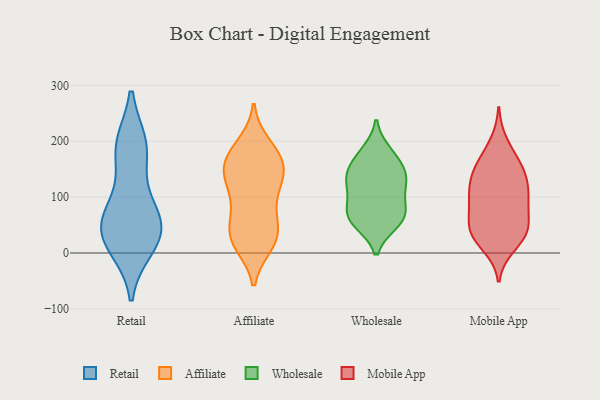
{"axis": {"x": "Market Share (%)", "y": "Value"}, "legend": ["Affiliate", "Mobile App", "Retail", "Wholesale"], "data": [{"x": "", "y": 12, "type": "Retail"}, {"x": "", "y": 192, "type": "Retail"}, {"x": "", "y": 37, "type": "Retail"}, {"x": "", "y": 184, "type": "Retail"}, {"x": "", "y": 55, "type": "Retail"}, {"x": "", "y": 93, "type": "Retail"}, {"x": "", "y": 62, "type": "Retail"}, {"x": "", "y": 191, "type": "Retail"}, {"x": "", "y": 22, "type": "Retail"}, {"x": "", "y": 42, "type": "Retail"}, {"x": "", "y": 102, "type": "Affiliate"}, {"x": "", "y": 69, "type": "Affiliate"}, {"x": "", "y": 153, "type": "Affiliate"}, {"x": "", "y": 194, "type": "Affiliate"}, {"x": "", "y": 172, "type": "Affiliate"}, {"x": "", "y": 33, "type": "Affiliate"}, {"x": "", "y": 178, "type": "Affiliate"}, {"x": "", "y": 121, "type": "Affiliate"}, {"x": "", "y": 185, "type": "Affiliate"}, {"x": "", "y": 15, "type": "Affiliate"}, {"x": "", "y": 59, "type": "Affiliate"}, {"x": "", "y": 152, "type": "Affiliate"}, {"x": "", "y": 28, "type": "Affiliate"}, {"x": "", "y": 15, "type": "Affiliate"}, {"x": "", "y": 147, "type": "Affiliate"}, {"x": "", "y": 46, "type": "Affiliate"}, {"x": "", "y": 22, "type": "Affiliate"}, {"x": "", "y": 144, "type": "Affiliate"}, {"x": "", "y": 104, "type": "Affiliate"}, {"x": "", "y": 139, "type": "Affiliate"}, {"x": "", "y": 173, "type": "Wholesale"}, {"x": "", "y": 76, "type": "Wholesale"}, {"x": "", "y": 95, "type": "Wholesale"}, {"x": "", "y": 143, "type": "Wholesale"}, {"x": "", "y": 123, "type": "Wholesale"}, {"x": "", "y": 73, "type": "Wholesale"}, {"x": "", "y": 152, "type": "Wholesale"}, {"x": "", "y": 181, "type": "Wholesale"}, {"x": "", "y": 63, "type": "Wholesale"}, {"x": "", "y": 128, "type": "Wholesale"}, {"x": "", "y": 54, "type": "Wholesale"}, {"x": "", "y": 129, "type": "Wholesale"}, {"x": "", "y": 54, "type": "Wholesale"}, {"x": "", "y": 40, "type": "Mobile App"}, {"x": "", "y": 168, "type": "Mobile App"}, {"x": "", "y": 87, "type": "Mobile App"}, {"x": "", "y": 103, "type": "Mobile App"}, {"x": "", "y": 49, "type": "Mobile App"}, {"x": "", "y": 13, "type": "Mobile App"}, {"x": "", "y": 130, "type": "Mobile App"}, {"x": "", "y": 140, "type": "Mobile App"}, {"x": "", "y": 43, "type": "Mobile App"}, {"x": "", "y": 156, "type": "Mobile App"}, {"x": "", "y": 124, "type": "Mobile App"}, {"x": "", "y": 44, "type": "Mobile App"}, {"x": "", "y": 25, "type": "Mobile App"}, {"x": "", "y": 79, "type": "Mobile App"}, {"x": "", "y": 197, "type": "Mobile App"}, {"x": "", "y": 33, "type": "Mobile App"}, {"x": "", "y": 95, "type": "Mobile App"}, {"x": "", "y": 152, "type": "Mobile App"}, {"x": "", "y": 103, "type": "Mobile App"}]}